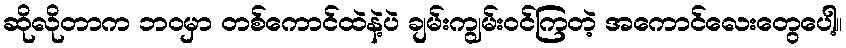
ဆိုလိုတာက ဘဝမှာ တစ်ကောင်ထဲနဲ့ပဲ ချမ်းကျွမ်းဝင်ကြတဲ့ အကောင်လေးတွေပေါ့။